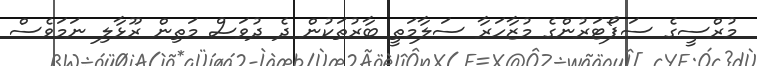
މުރްސީގެ ސަޕޯޓަރުންގެ މުޒާހަރާ ސަލާމަތީ ބާރުތަކުން ދެ ދުވަސް މަތިން ރޫޅާލި ނަމަވެސް